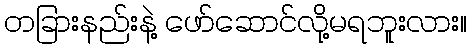
တခြားနည်းနဲ့ ဖော်ဆောင်လို့မရဘူးလား။